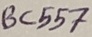
Text: 3C557